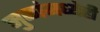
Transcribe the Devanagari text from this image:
मुळांमध्येही